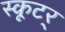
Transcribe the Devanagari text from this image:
स्कूटर्